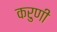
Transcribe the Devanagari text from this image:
करुणी